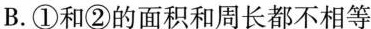
B.①和②的面积和周长都不相等